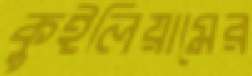
কুইলিয়ামের